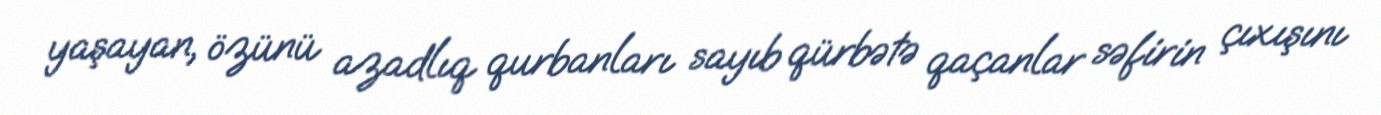
yaşayan, özünü azadlıq qurbanları sayıb qürbətə qaçanlar səfirin çıxışını